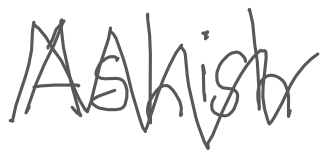
Text: Ashish
Cross-out: zig-zag
Writing tool: digital_gray